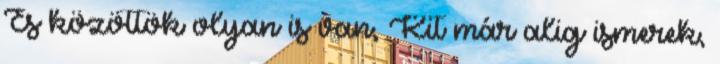
És közöttök olyan is van, Kit már alig ismerek,